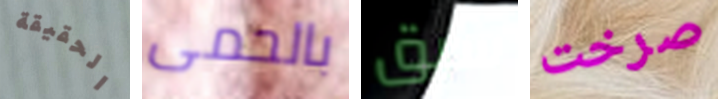
الحقيقة بالحمى سبق صرخت